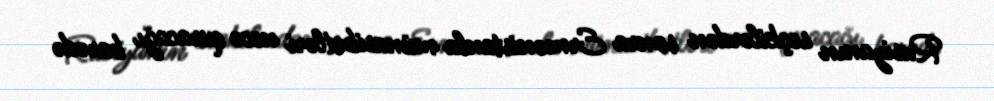
Rusiyanın seçkilərdən sonra Ermənistanla münasibətləri necə quracağı barədə